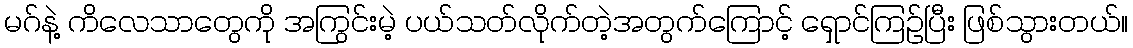
မဂ်နဲ့ ကိလေသာတွေကို အကြွင်းမဲ့ ပယ်သတ်လိုက်တဲ့အတွက်ကြောင့် ရှောင်ကြဉ်ပြီး ဖြစ်သွားတယ်။